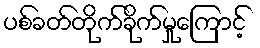
ပစ်ခတ်တိုက်ခိုက်မှုကြောင့်